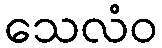
သေလံဝ